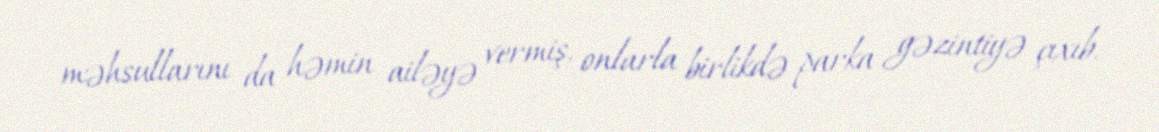
məhsullarını da həmin ailəyə vermiş, onlarla birlikdə parka gəzintiyə çıxıb.